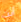
أنت